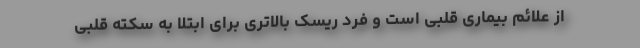
از علائم بیماری قلبی است و فرد ریسک بالاتری برای ابتلا به سکته قلبی